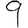
Digit: 9